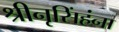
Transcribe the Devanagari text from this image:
श्रीनृसिंहंना